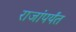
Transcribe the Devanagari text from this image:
राजांपर्यंत